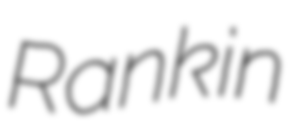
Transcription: Rankin